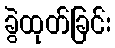
ခွဲထုတ်ခြင်း